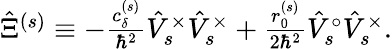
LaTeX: \begin{array}{r}{\hat{\Xi}^{(s)}\equiv-\frac{c_{\delta}^{(s)}}{\hbar^{2}}\hat{V}_{s}^{\times}\hat{V}_{s}^{\times}+\frac{r_{0}^{(s)}}{2\hbar^{2}}\hat{V}_{s}^{\circ}\hat{V}_{s}^{\times}.}\end{array}